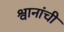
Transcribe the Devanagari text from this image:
श्वानांची